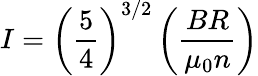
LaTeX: I=\left({\frac{5}{4}}\right)^{3/2}\left({\frac{BR}{\mu_{0}n}}\right)